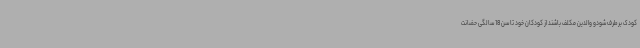
کودک برطرف شودو والدین مکلف باشند از کودکان خود تا سن 18 سالگی حضانت